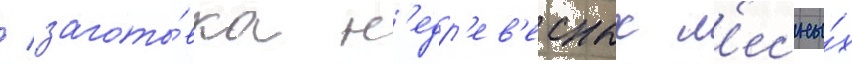
/ загото́вка н'едр'ев'есных л'есны́х